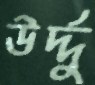
উর্দ্দু